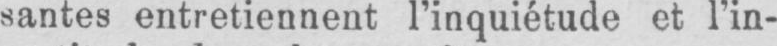
santes entretiennent l’inquiétude et l’in-